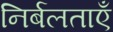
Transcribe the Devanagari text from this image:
निर्बलताएँ